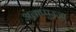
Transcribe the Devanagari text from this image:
अलाप्पुज्ज़ा